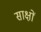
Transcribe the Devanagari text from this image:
साक्षों